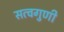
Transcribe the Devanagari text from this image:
सत्वगुणी